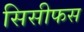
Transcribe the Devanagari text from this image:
सिसीफस